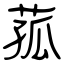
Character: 菰